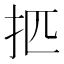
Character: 𰒿